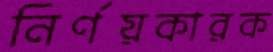
নির্ণয়কারক